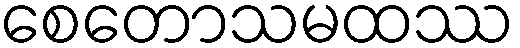
စေတောသမထဿ